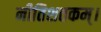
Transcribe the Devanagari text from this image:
नीतिशतकम्।